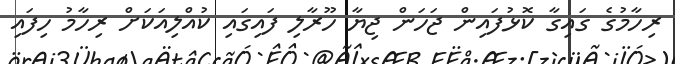
ރިހާމުގެ ގައިގާ ކޮޅުފައިން ޖަހަން ޖިޔާ ހޫރާލި ފައިގައި ކުއްލިއަކަށް ރިހާމު ހިފައި